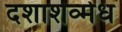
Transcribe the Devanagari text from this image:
दशाशव्मेध